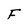
Character: F